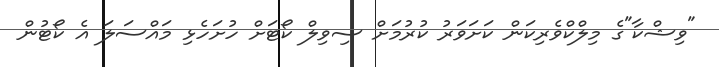
"ވިޝްކާ"ގެ މިލްކްވެރިކަން ކަށަވަރު ކުރުމަށް ސިވިލް ކޯޓަށް ހުށަހެޅި މައްސަލަ އެ ކޯޓުން